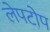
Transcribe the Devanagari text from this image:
लेपटोप